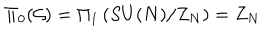
LaTeX: \Pi _ { 0 } ( { \cal G } ) = \Pi _ { 1 } \left( S U ( N ) / Z _ { N } \right) = Z _ { N }